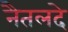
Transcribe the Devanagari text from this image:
नैतलदे